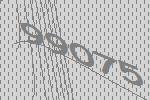
99075